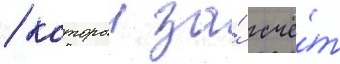
/ которыи за́ счё́т